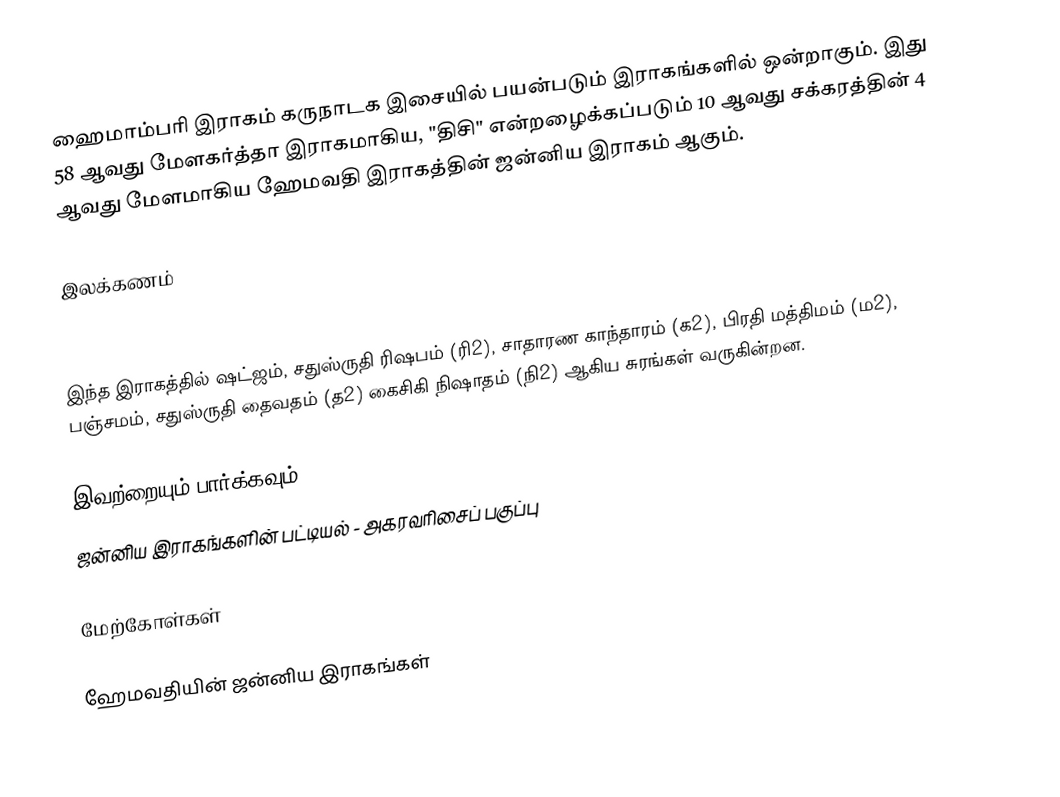
ஹைமாம்பரி இராகம் கருநாடக இசையில் பயன்படும் இராகங்களில் ஒன்றாகும். இது 58 ஆவது மேளகர்த்தா இராகமாகிய, "திசி" என்றழைக்கப்படும் 10 ஆவது சக்கரத்தின் 4 ஆவது மேளமாகிய ஹேமவதி இராகத்தின் ஜன்னிய இராகம் ஆகும்.

இலக்கணம்

இந்த இராகத்தில் ஷட்ஜம், சதுஸ்ருதி ரிஷபம் (ரி2),  சாதாரண காந்தாரம் (க2), பிரதி மத்திமம் (ம2), பஞ்சமம்,  சதுஸ்ருதி தைவதம் (த2) கைசிகி நிஷாதம்  (நி2) ஆகிய சுரங்கள் வருகின்றன.

இவற்றையும் பார்க்கவும்
 ஜன்னிய இராகங்களின் பட்டியல் - அகரவரிசைப் பகுப்பு

மேற்கோள்கள்

ஹேமவதியின் ஜன்னிய இராகங்கள்